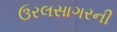
ઉરલસાગરની